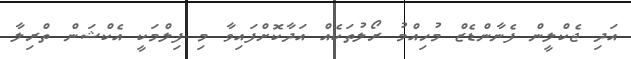
އަދި ޖެކްލީން ފެނާންޑެޒް މުހިއްމު ރޯލުތަކެއް އަދާކޮށްފައިވާ މި ފިލްމަކީ އެކްޝަން ތްރިލާ